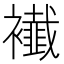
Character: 𧞬